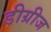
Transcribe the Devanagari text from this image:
डीग्रीज